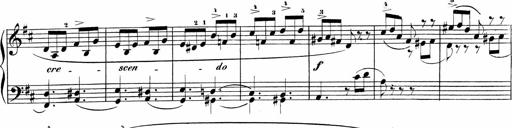
Title: Sonatinas
Composer: Andrew Violette